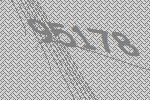
95178